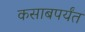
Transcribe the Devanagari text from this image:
कसाबपर्यंत